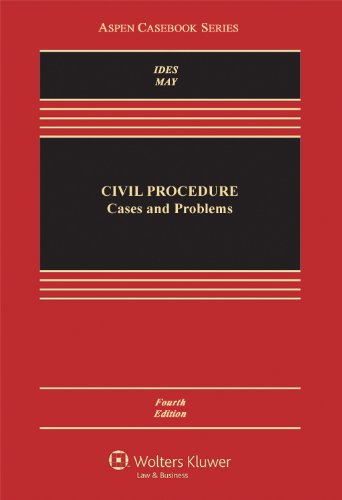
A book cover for Civil Procedure: Cases and Problems, Fourth Edition (Aspen Casebook Series); Allan Ides; Law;